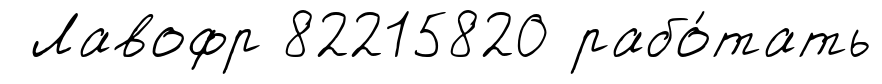
Лавофр 82215820 рабо́тать